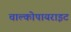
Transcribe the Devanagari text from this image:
चाल्कोपायराइट